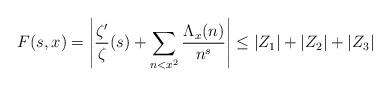
LaTeX: \begin{align*} F(s,x) = \left| \frac{\zeta'}{\zeta}(s) + \sum_{n<x^2} \frac{\Lambda_x(n)}{n^s} \right| \leq |Z_1| + |Z_2| + |Z_3| \end{align*}